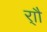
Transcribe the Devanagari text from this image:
र्‍ाौ